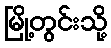
မြို့တွင်းသို့